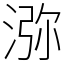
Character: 㳽